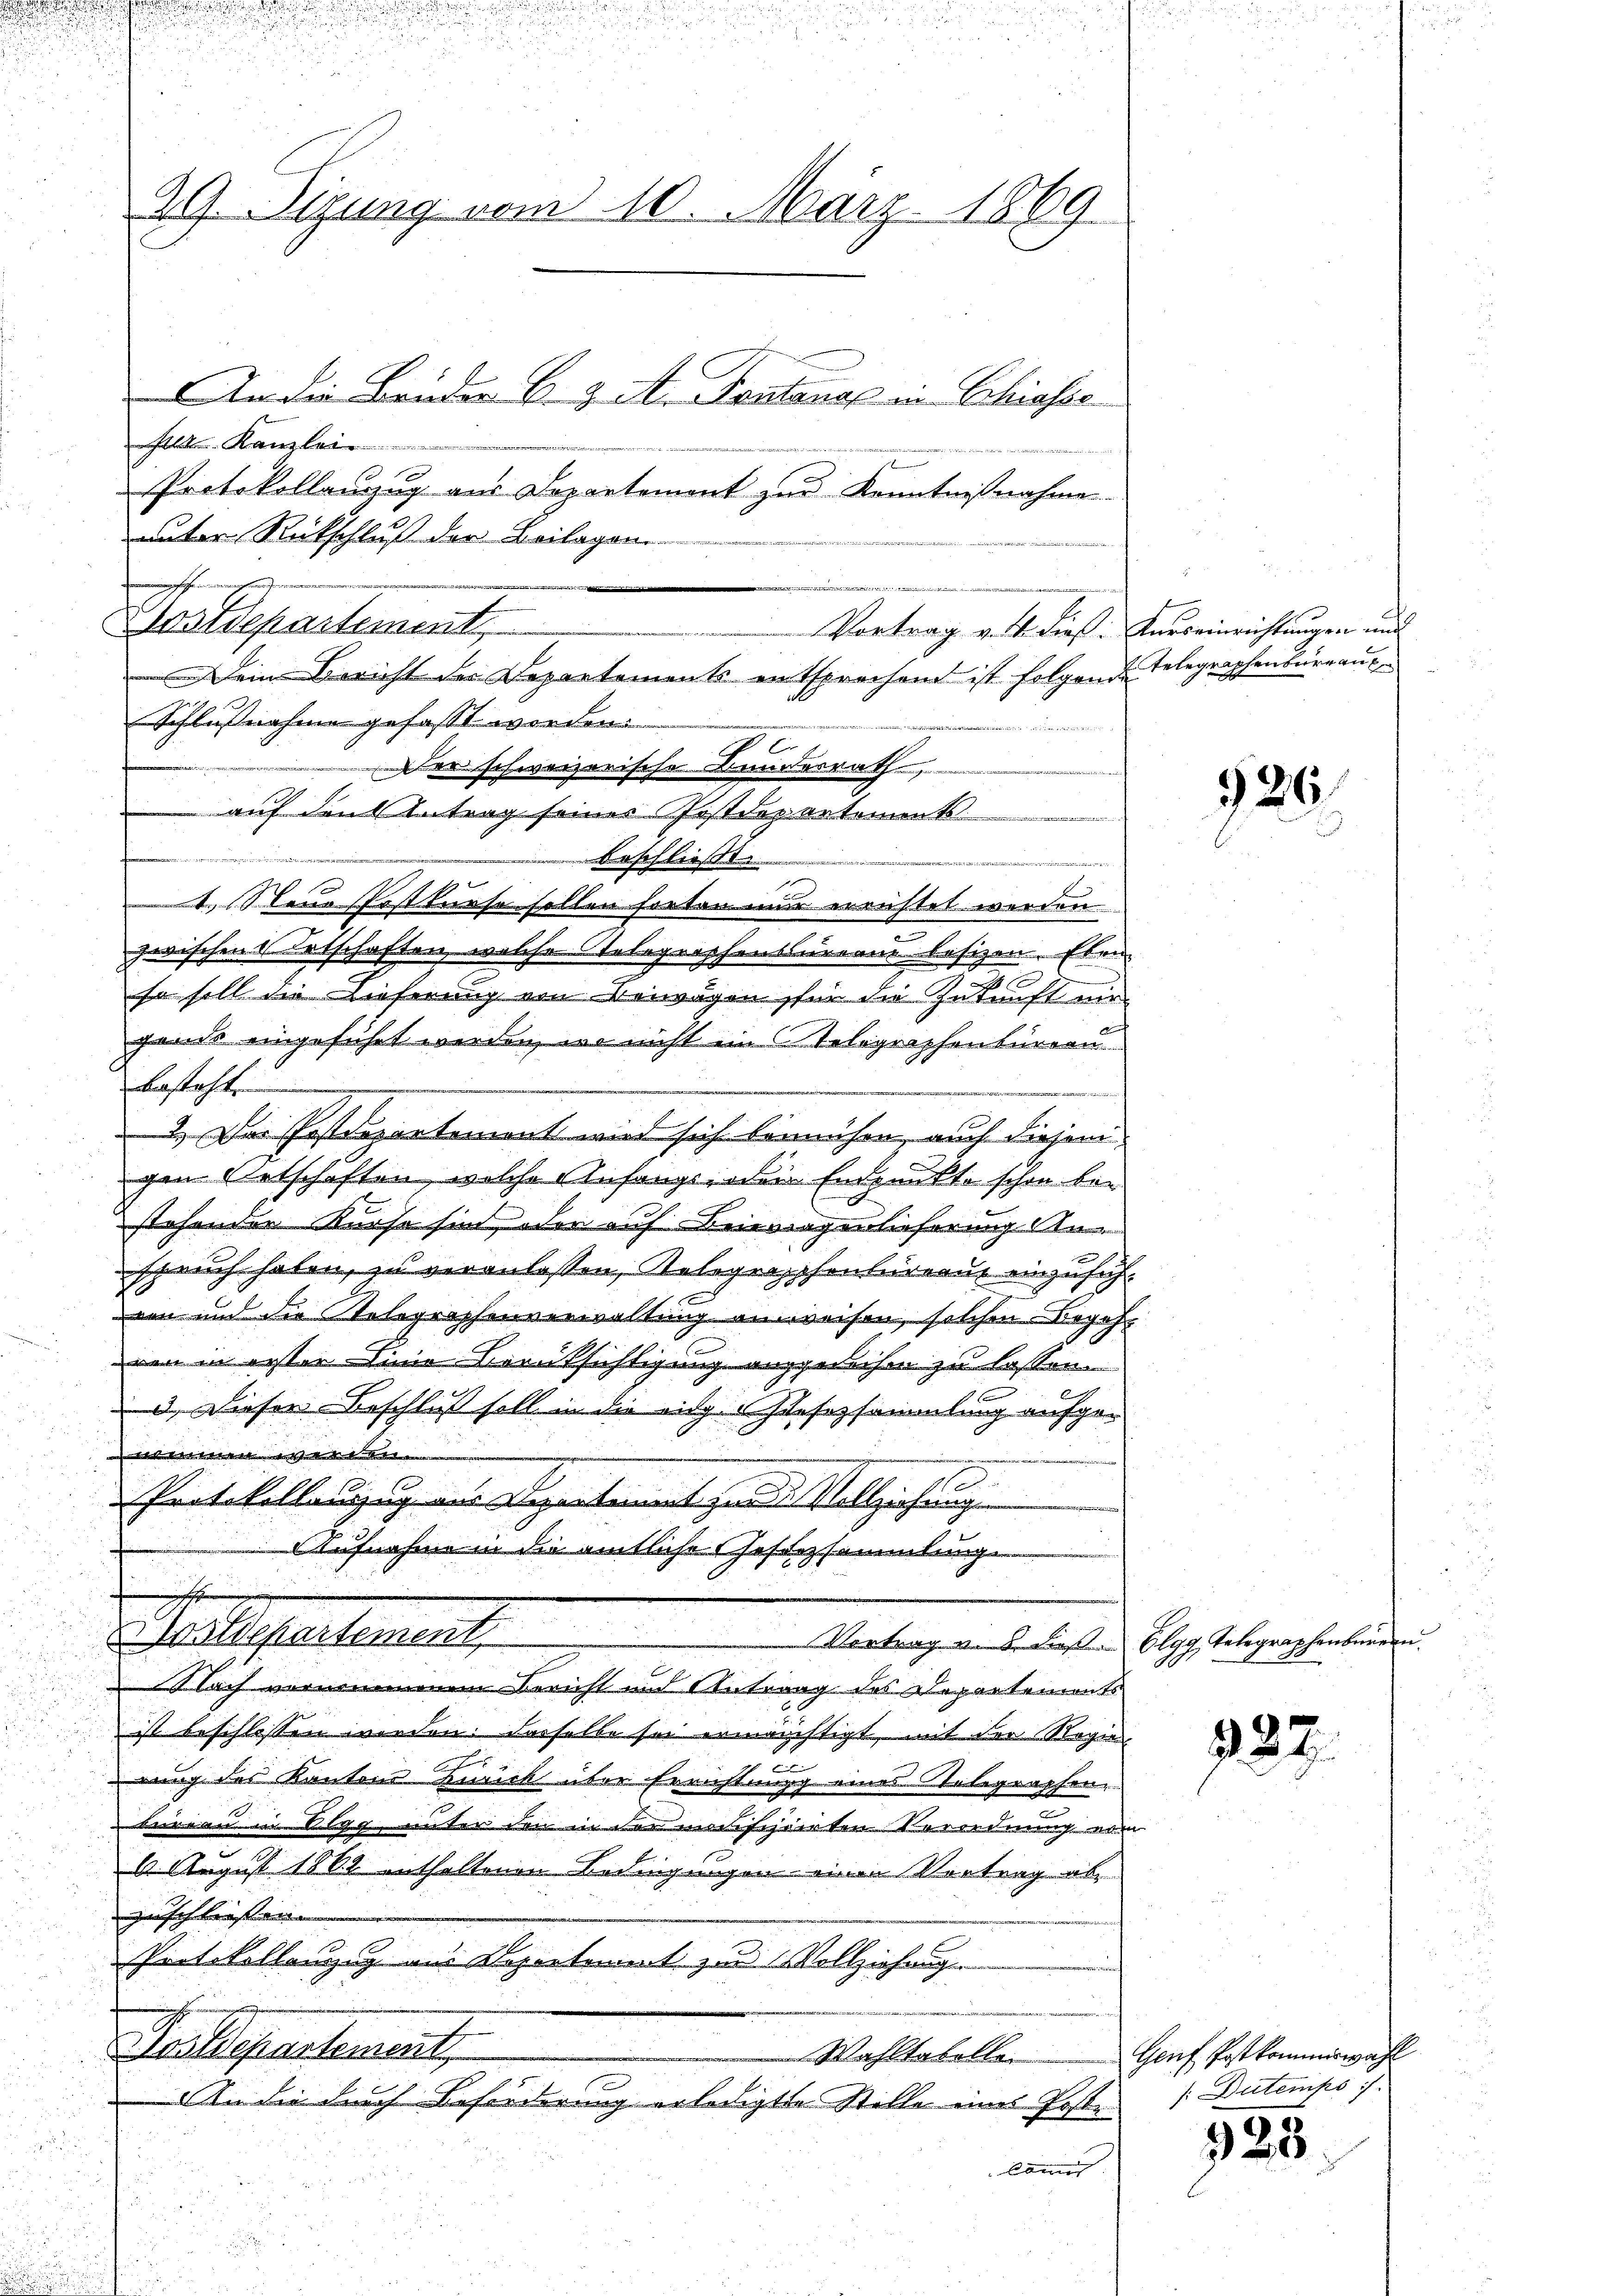
29. Sizung vom 10. März 1869
An die Brüder C. & A. Kantonal in Schinsic
Ale Kanzlei
Protokollanzug aus Departement zur Kenntnißnahme

Vortrag v. 4. dieß: Kurseinrichtungen und
Dein Bericht der Departements entsprechend ist folgende
Schlußnahme gefasst worden.
e
er schweizerische Kundesrath
auf den Betrag seiner Postdepartements
d
beschließt.
rze
4. Steue Postkurse sollen fortan nun errichtet werden
zwischen Entschaften welche Gelegraphensumann besizen. Eben
sa soll die Lieferung von Verwagen für die Zukunft mir
gends eingeführt werden, wo nicht im Telegraphenbürgen
besteht.
2.) Der Postdepartement wird sich bemühen, auch diesen
gen Retschaften, welche Anfangs- oder Endpunkte schon bestehenden Kurse sind, oder auf Beitragenlieferung Anspruch haben, zu veranlassen, Relegraphenbureaux einzufüh¬
E
von und die STelegraphenverwaltung anweisen, solchen Begehr
ven in erster Linie Kreüksichtigung angerechen zu lassen
d. Dieser Beschluß soll in die eigesezsammlung aufgehenkt mit in bedenkenlich ein |
Protokollanzug aus Verkommt zur Vollziehung
Aufnahme in die amtliche Justizsammlung
Mallesartement,
Vortrag u. 8. dieß. Elgg, Telegraphenbureau.
lach vornommenen Bericht und Antrag des Departements
ist beschlossen worden: dasselbe sei ermächtigt, mit der Regin
e
eng des Kantons Zurick über Errichtung eines Telegraphen,
bureau in Olgg, unter den in der mosizierten Verordnung vom
6 August 1862 enthaltenen Bedingungen einen Vortrag ab
uisch leisten |
Protokollenzig aus Departement zu Vollziehung
Das Repartement,
Wahltabellen
An die durch Beförderung erledigte Stelle eines Poste
Comit |

unter Rückschluß der Beilagen.
erfahren nach den
Arstdepartement

Telegraphenburg auf

326

382.

Genf Postkommiswahl
/:Dutempo is

325